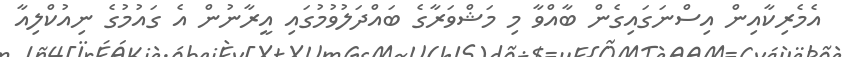
އެމެރިކާއިން އިސްނަގައިގެން ބާއްވާ މި މަޝްވަރާގެ ބައްދަލުވުމުގައި އީރާނުން އެ ގައުމުގެ ނިއުކްލިއާ